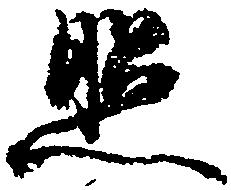
照